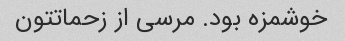
خوشمزه بود. مرسی از زحماتتون